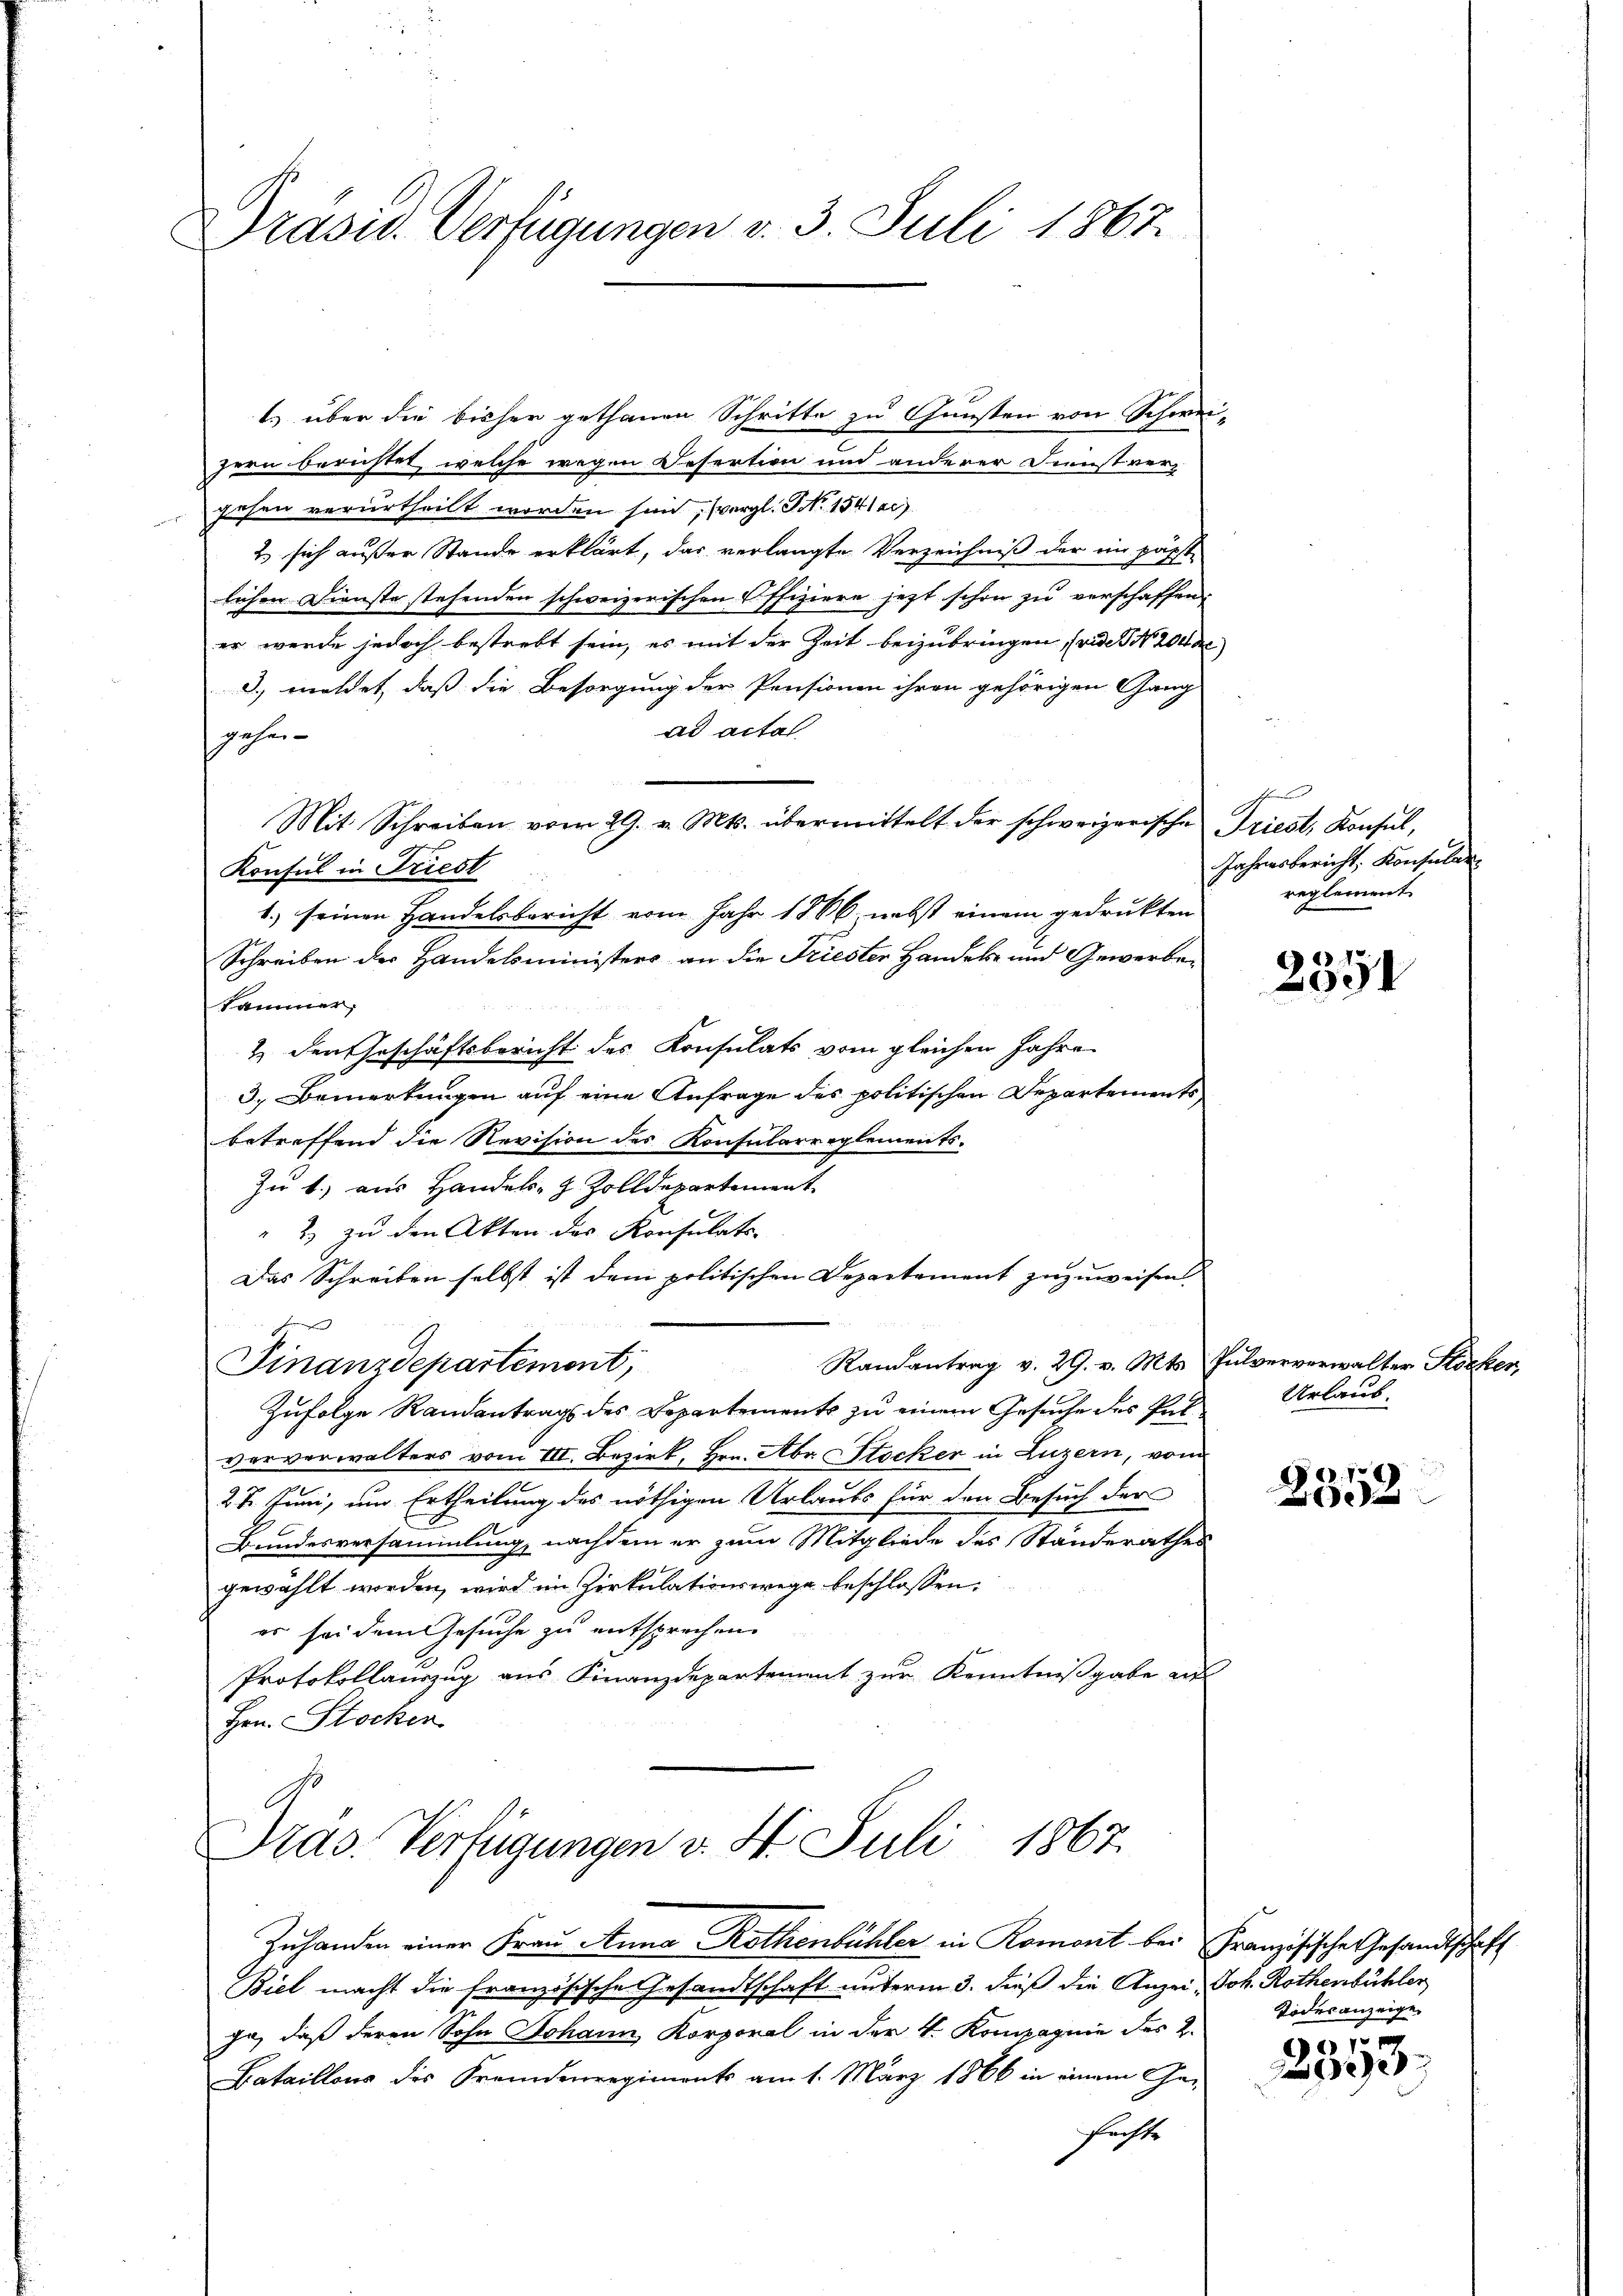
Präsid. Verfügungen v. 3. Juli 1867.

1.) über die bisher gethanen Schritte zu Gunsten von Schwei-
zern berichtet, welche wegen Desertion und anderer Dienst vergehen verurtheilt worden sind, vergl. S. 15412)
2. sich außer Stande erklärt, das verlangte Verzeichniß der ein päpst
lichen Dienste stehenden schweizerischen Offiziere jetzt schon zu verschaffen
er werde jedoch bestrebt sein, es mit der Zeit beizubringen, (vide No. 204 d
3. meldet, daß die Besorgung der Pensionen ihren gehörigen Gang
ad actal
gehen¬
Mit Schreiben vom 29. v. Mts. übermittelt der schweizerische Triest, Konsul,
Konsul in Friest
1.) seinen Handelsbericht vom Jahr 1866, nebst einem gedruckten
Schreiben der Handelsministers an die Friester Handek und Gewerbekammer,
2 den Geschäftsbericht des Konsulats vom gleichen Jahre
3. Bemerkungen auf eine Anfrage des politischen Departements
betreffend die Revision des Konsularreglements-
Zu 1.) aus Handels- & Zolldepartement
" 2.) zu den Akten des Konsulats-
Das Schreiben selbst ist dem politischen Departement zuzuweisen
Randantrag v. 29. v. Mts. Pulververwalter Stöcker,
Finanzdepartement,
Zufolge Randantrags des Departements zu einem Gesuche des Pulververwalters vom III. Bezirk, Hrn. Abr. Stocker in Luzern, vom
27. Juni, um Ertheilung des nöthigen Urlaubs für den Besuch der
Bundesversammlung, nachdem er zum Mitgliede des Standerathes
gewählt worden, wird im Zirkulationswege beschlossen:
es sei dem Gesuche zu entsprechen.
Protokollauszug aus Finanzdepartement zur Kenntnißgabe aus
Hrn. Stocker
Präs. Verfügungen v. St. Juli 1867.

Zuhanden einer Frau Anna Rothenbühler in Romont bei Französische Gesandtschaft

Biel macht die französische Gesandtschaft unterm 3. dieß die Anzei, Joh. Rothenbühler
ga, daß deren Sohn Johann Korporal in der 4. Kompagnie des 2.
Bataillons des Fremdenregiments am 1. März 1866 in einem Ge-
fachte

theile
Jahresbericht. Konsular
reglement

2351

Urlaub.

2352

Todesanzeige,

e
292